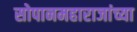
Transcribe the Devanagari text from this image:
सोपानमहाराजांच्या